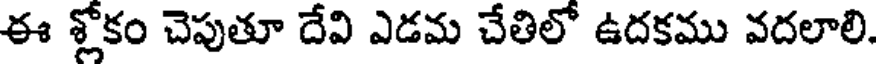
ఈ శ్లోకం చెపుతూ దేవి ఎడమ చేతిలో ఉదకము వదలాలి.